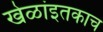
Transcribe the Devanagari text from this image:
खेळांइतकाच